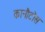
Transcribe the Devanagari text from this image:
कानौटोस